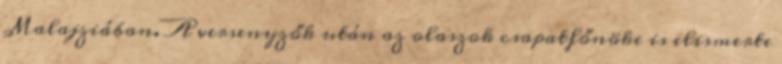
Malajziában. A versenyzők után az olaszok csapatfőnöke is elismerte